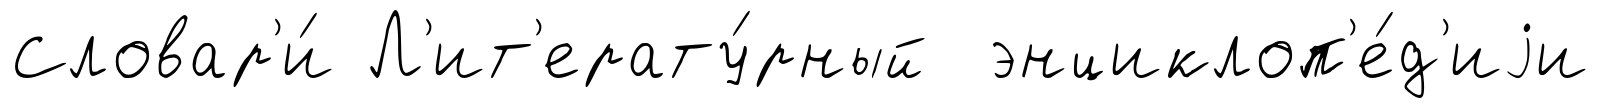
Словар'и́ Л'ит'ерату́рный энциклоп'е́д'иjи